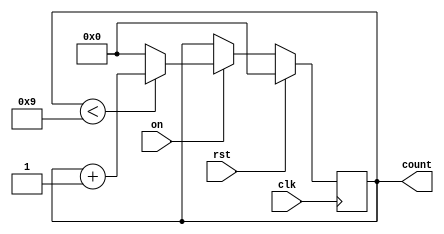
module counter(count, rst, on, clk);
	output reg [3:0]count;
	input rst,on,clk;
	
	always@(posedge clk) begin
	if(rst ==1)
		count = 0;
		else if(on==1) begin
		if(count<9)
			count = count + 1;
		else count = 0;
		end
	end
endmodule